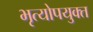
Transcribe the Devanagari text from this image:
भृत्योपयुक्त